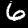
Label: 6